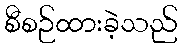
စီစဉ်ထားခဲ့သည်